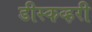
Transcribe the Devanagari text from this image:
डीस्कव्हरी